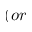
( o r